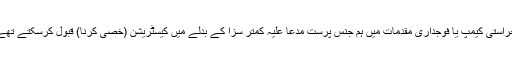
حراستی کیمپ یا فوجداری مقدمات میں ہم جنس پرست مدعا علیہ کمتر سزا کے بدلے میں کیسٹریشن (خصی کرنا) قبول کرسکتے تھے۔